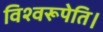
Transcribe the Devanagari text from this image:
विश्वरूपेति।